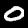
Digit: 0